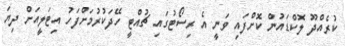
ކުރެއްދޫ ލޮކްޑައުން ކޮށްފައި ވަނީ އެ ރިސޯޓުގައި ޗުއްޓީ ހޭދަކުރުމަށްފަހު އިޓަލީއަށް ދިޔަ